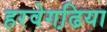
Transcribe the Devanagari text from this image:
हरवेगढि़या